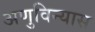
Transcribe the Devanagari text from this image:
अणुविन्यास